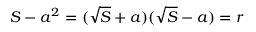
S - a ^ { 2 } = ( { \sqrt { S } } + a ) ( { \sqrt { S } } - a ) = r